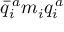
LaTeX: \bar { q } _ { i } ^ { \, a } m _ { i } q _ { i } ^ { \, a }